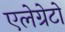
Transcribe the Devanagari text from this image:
एलेग्रेटो